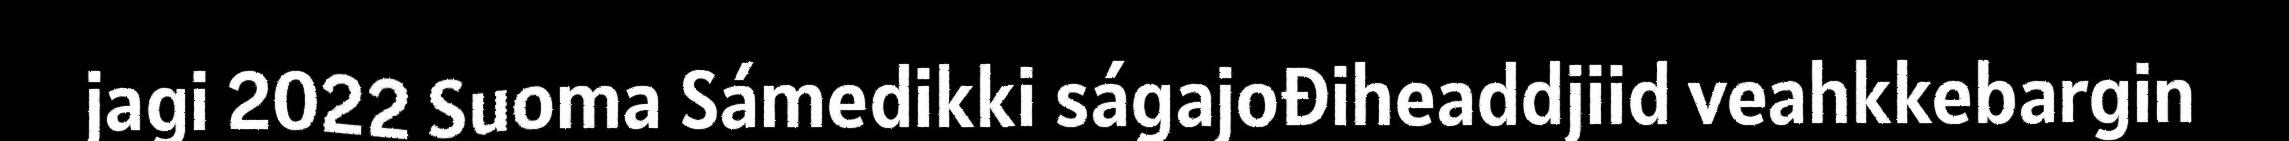
jagi 2022 Suoma Sámedikki ságajođiheaddjiid veahkkebargin